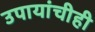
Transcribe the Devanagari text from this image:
उपायांचीही